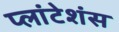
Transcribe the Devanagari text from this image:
प्लांटेशंस